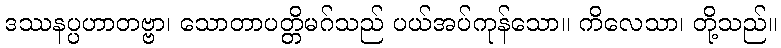
ဒဿနပ္ပဟာတဗ္ဗာ၊ သောတာပတ္တိမဂ်သည် ပယ်အပ်ကုန်သော။ ကိလေသာ၊ တို့သည်။